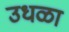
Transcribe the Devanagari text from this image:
उधळा